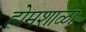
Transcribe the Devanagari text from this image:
होमशाळा